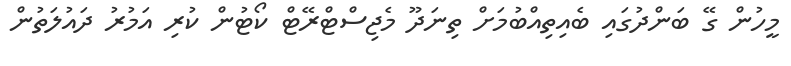
މީހުން ގޭ ބަންދުގައި ބެއިތިއްބުމަށް ތިނަދޫ މެޖިސްޓްރޭޓް ކޯޓުން ކުރި އަމުރު ދައުލަތުން